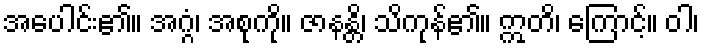
အပေါင်း၏။ အဂ္ဂံ၊ အစုကို။ ဇာနန္တိ၊ သိကုန်၏။ ဣတိ၊ ကြောင့်။ ဝါ၊